Civil Veterinary Dept. Bombay admin report 1923-31 - 1923-1931
Year: 1923
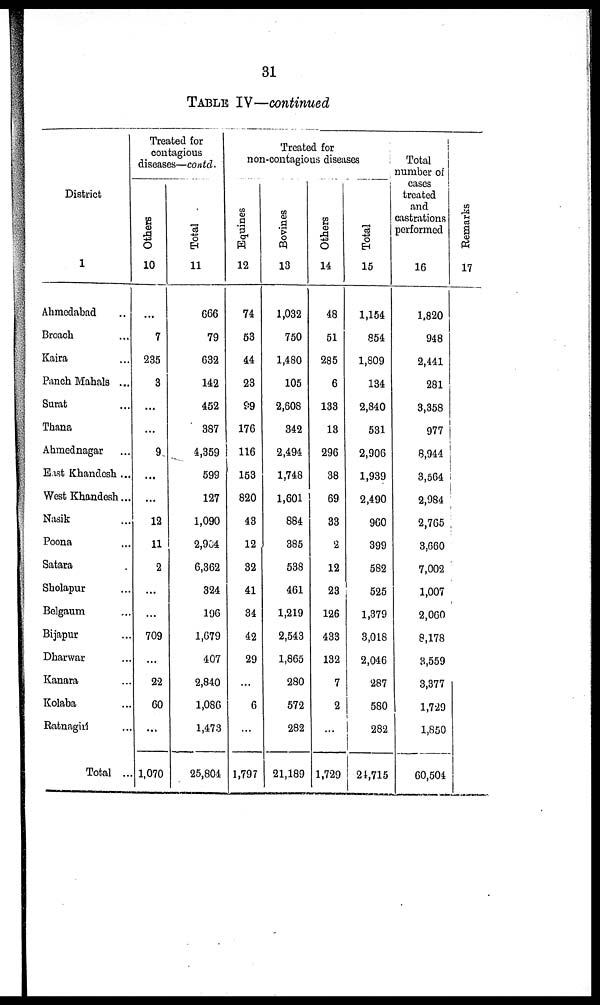
31
TABLE IV—continued
District
1
Ahmedabad ...
Broach ...
Kaira ...
Panch Mahals ...
Surat ...
Thana ...
Ahmednagar ...
East Khandesh ...
West Khandesh...
Nasik ...
Poona ...
Satara ...
Sholapur ...
Belgaum ...
Bijapur ...
Dharwar ...
Kanara ...
Kolaba ...
Ratnagiri ...
Total ..
Treated for
contagious
diseases—contd.
Others
10
...
7
235
3
...
...
9
...
...
12
11
2
...
...
709
...
22
60
...
1,070
Total
11
666
79
632
142
452
387
4,359
599
127
1,090
2,904
6,362
324
196
1,679
407
2,840
1,086
1,473
25,804
Treated for
non-contagious diseases
Equines
12
74
63
44
23
99
176
116
153
820
43
12
32
41
34
42
29
...
6
...
1,797
Bovines
13
1,032
750
1,480
105
2,608
342
2,494
1,748
1,801
884
385
538
461
1,219
2,543
1,865
280
572
282
21,189
Others
14
48
51
285
6
133
13
296
38
69
33
2
12
23
126
433
132
7
2
...
1,729
Total
15
1,154
854
1,809
134
2,840
531
2,906
1,939
2,490
960
399
582
525
1,379
3,018
2,046
287
580
282
24,715
Total
number of
cases
treated
and
castrations
performed
16
1,820
948
2,441
281
3,358
977
8,944
3,564
2,984
2,765
3,660
7,002
1,007
2,060
8,178
3,559
3,377
1,729
1,850
60,504
Remarks
17